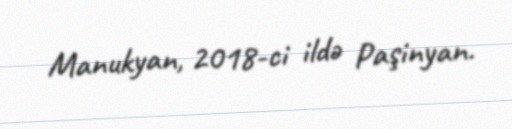
Manukyan, 2018-ci ildə Paşinyan.